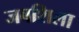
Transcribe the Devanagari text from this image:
जबशिला